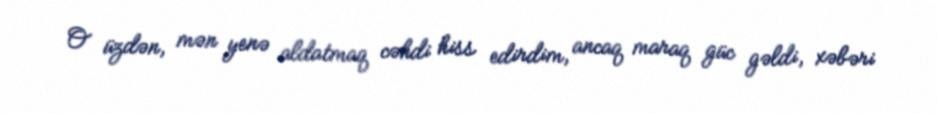
O üzdən, mən yenə aldatmaq cəhdi hiss edirdim, ancaq maraq güc gəldi, xəbəri